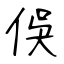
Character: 俁